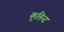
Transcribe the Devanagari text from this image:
कुलिन्द